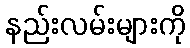
နည်းလမ်းများကို